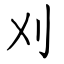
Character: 刈